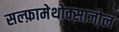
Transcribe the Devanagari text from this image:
सल्‍फ़ामेथोक्‍साजोल